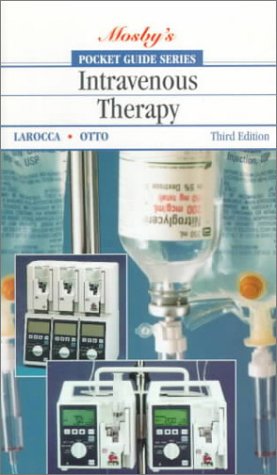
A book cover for Pocket Guide to Intravenous Therapy; Joanne C. Larocca; Medical Books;